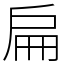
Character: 扁